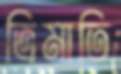
ত্রিমাতি